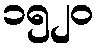
၁၅၂၀